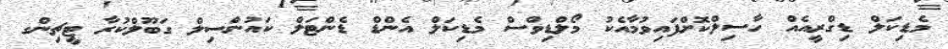
މެޑިކަލް ޑިގްރީއެއް ހާސިލްކޮށްފައިވުމާއެކު މޯލްޑިވްސް މެޑިކަލް އެންޑް ޑެންޓަލް ކައުންސިލް ގަބޫލްކުރާ ޓީޗިންގ